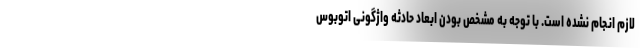
لازم انجام نشده است. با توجه به مشخص بودن ابعاد حادثه واژگونی اتوبوس